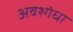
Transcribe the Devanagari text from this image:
अवश्गंधा